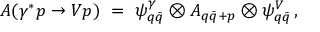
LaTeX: A ( \gamma ^ { * } p \to V p ) \ = \ \psi _ { q \bar { q } } ^ { \gamma } \otimes A _ { q \bar { q } + p } \otimes \psi _ { q \bar { q } } ^ { V } \, ,